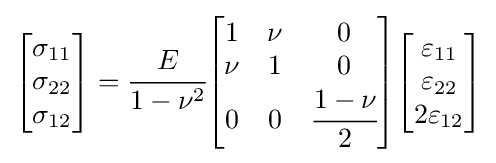
{\begin{bmatrix}\sigma _{11}\\\sigma _{22}\\\sigma _{12}\end{bmatrix}}={\cfrac {E}{1-\nu ^{2}}}{\begin{bmatrix}1&\nu &0\\\nu &1&0\\0&0&{\cfrac {1-\nu }{2}}\end{bmatrix}}{\begin{bmatrix}\varepsilon _{11}\\\varepsilon _{22}\\2\varepsilon _{12}\end{bmatrix}}